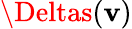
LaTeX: \Deltas(\mathbf{v})